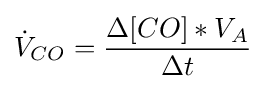
{\dot {V}}_{CO}={\frac {\Delta {[CO]}*V_{A}}{\Delta {t}}}